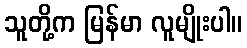
သူတို့က မြန်မာ လူမျိုးပါ။